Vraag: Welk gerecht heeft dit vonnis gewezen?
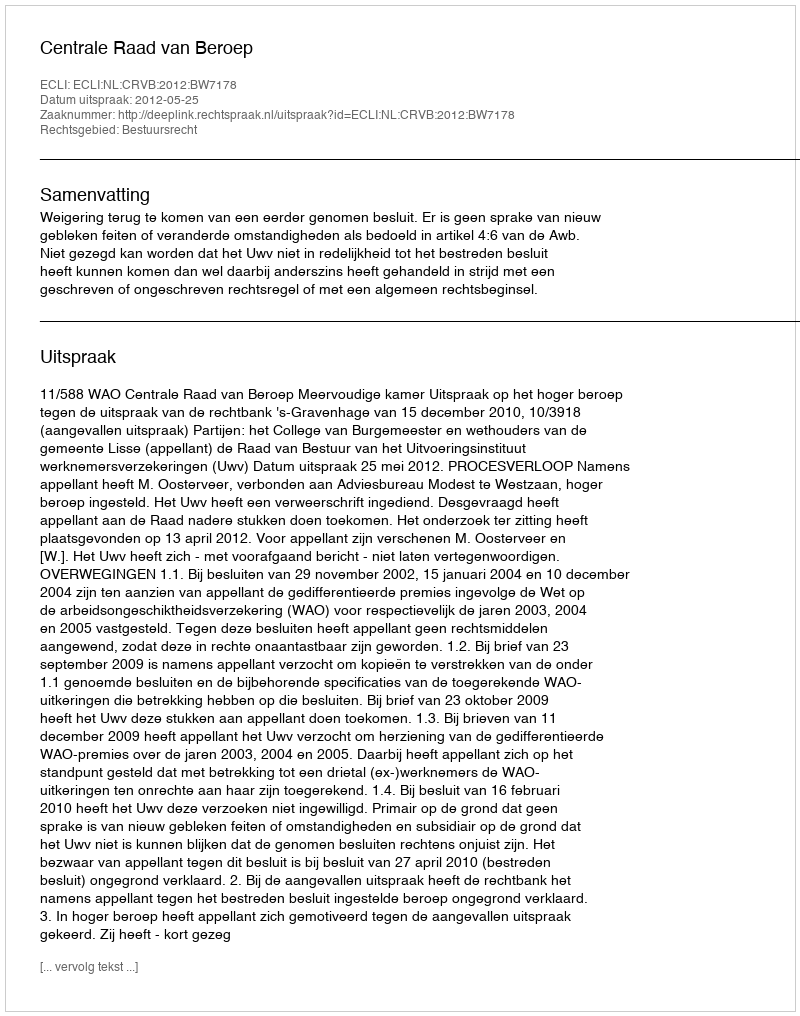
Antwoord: Centrale Raad van Beroep